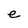
Character: e